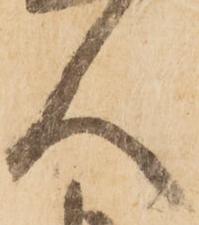
人